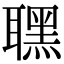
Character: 𦗣